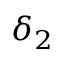
\delta _ { 2 }